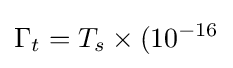
\Gamma _{t}=T_{s}\times (10^{-16}